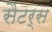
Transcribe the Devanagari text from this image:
सैटर्स